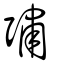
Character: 彇